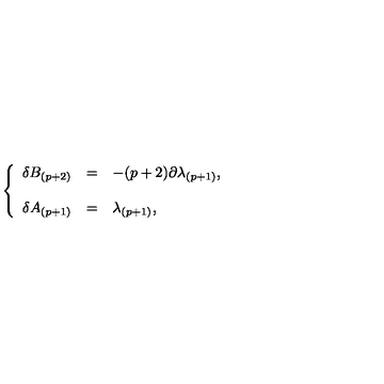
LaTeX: \left\{ \begin{array} { r c l } { \delta B _ { ( p + 2 ) } } & { = } & { - ( p + 2 ) \partial \lambda _ { ( p + 1 ) } , } \\ { } & { } & { } \\ { \delta A _ { ( p + 1 ) } } & { = } & { \lambda _ { ( p + 1 ) } , } \\ \end{array} \right.